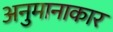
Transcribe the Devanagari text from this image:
अनुमानाकार